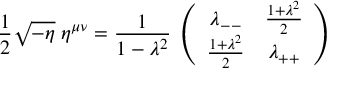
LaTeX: { \frac { 1 } { 2 } } \sqrt { - \eta } \; \eta ^ { \mu \nu } = { \frac { 1 } { 1 - \lambda ^ { 2 } } } \; \left( \begin{array} { c c } { { { \lambda _ { -- } } } } & { { { { \frac { 1 + \lambda ^ { 2 } } { 2 } } } } } \\ { { { { \frac { 1 + \lambda ^ { 2 } } { 2 } } } } } & { { { \lambda _ { + + } } } } \end{array} \right)